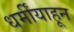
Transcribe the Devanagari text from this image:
धर्मींयाहून